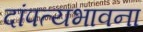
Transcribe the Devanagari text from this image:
दांपत्यभावना